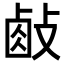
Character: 𢾃